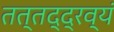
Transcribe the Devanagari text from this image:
तत्तद्द्रव्यं